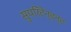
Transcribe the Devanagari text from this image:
सुपरिंटेन्डन्ट